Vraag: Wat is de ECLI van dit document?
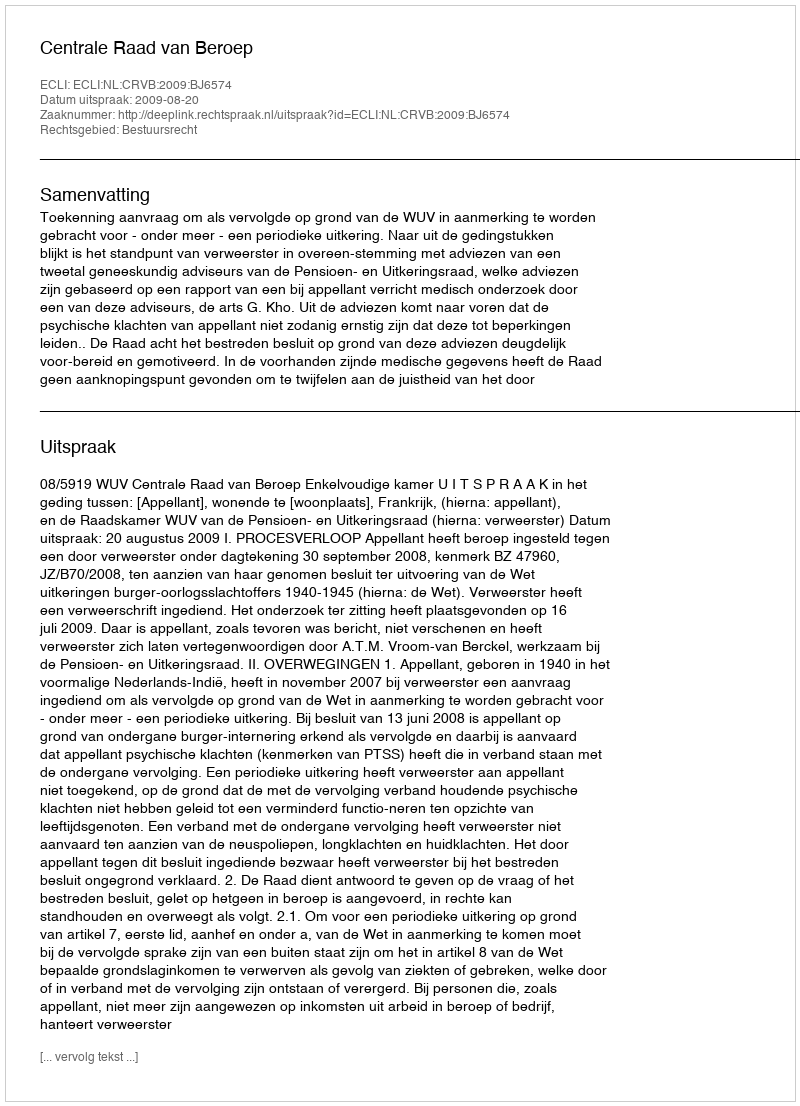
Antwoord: ECLI:NL:CRVB:2009:BJ6574